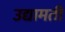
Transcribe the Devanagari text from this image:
उद्यामती